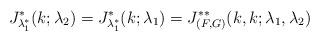
LaTeX: \begin{align*}J_{\lambda_1^*}^*(k;\lambda_2)=J_{\lambda_1^*}^*(k;\lambda_1)=J_{(F,G)}^{**}(k,k;\lambda_1,\lambda_2)\end{align*}